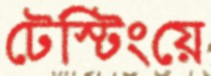
টেস্টিংয়ে